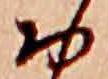
お